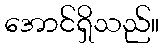
အောင်ရှိသည်။